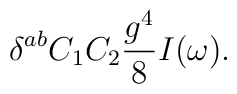
\delta^{ab} C_1C_2 {g^4 \over 8} I(\omega).